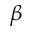
\beta